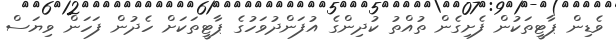
ވެޑިން ޕާޓީތަކުން ފެށިގެން ތުއްތު ކުދިންގެ އުފަންދުވަހުގެ ޕާޓީތަކަށް ހެދުން ފަހަން ވިޔަސް